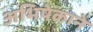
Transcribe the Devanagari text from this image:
अभिषेकाने